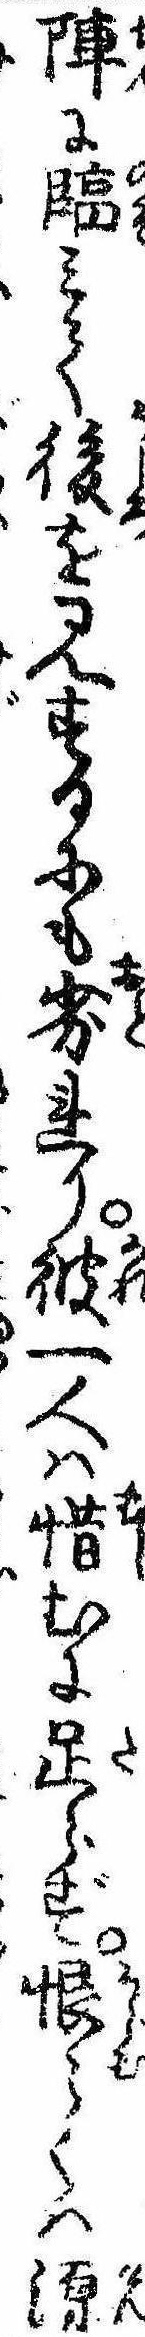
陣に臨みて後を見するにも劣れり彼一人は惜むに足らず恨らくは源